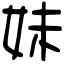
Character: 妹